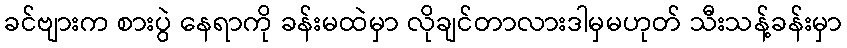
ခင်ဗျားက စားပွဲ နေရာကို ခန်းမထဲမှာ လိုချင်တာလားဒါမှမဟုတ် သီးသန့်ခန်းမှာ